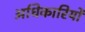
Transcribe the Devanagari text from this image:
अधिकारियोंं